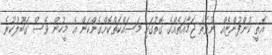
އޮތީ ކުންފުންޏެއް ނުވަތަ ޖަމާއަތެއްގެ ގޮތުގައި މަސައްކަތްކޮށްގެންކަން އެ މީހުން ވެސް ގަބޫލުކުރެ